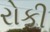
રોકી